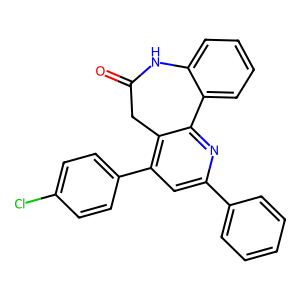
SMILES: O=C1Cc2c(-c3ccc(Cl)cc3)cc(-c3ccccc3)nc2-c2ccccc2N1
Inhibits HIV replication: No